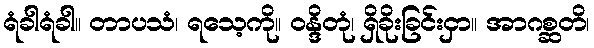
ရံခါရံခါ။ တာပသံ၊ ရသေ့ကို။ ဝန္ဒိတုံ၊ ရှိခိုးခြင်းငှာ။ အာဂစ္ဆတိ၊